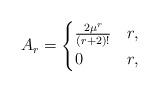
LaTeX: \begin{align*}A_{r}=\begin{cases}\frac{2\mu^{r}}{(r+2)!} & r,\\0 & r,\end{cases}\end{align*}